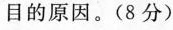
目的原因。(8分)